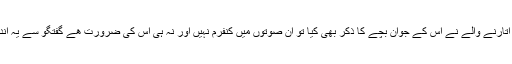
مجھے کنفرم نہیں کیونکہ کچھ شکوک ہیں، ایک طرف عمر 27 سال اور تعارف میں‌ 46 سال اور تصویر اتارنے والے نے اس کے جوان بچے کا ذکر بھی کیا تو ان صوتوں میں کنفرم نہیں اور نہ ہی اس کی ضرورت ھے گفتگو سے یہ اندازہ ھے کہ رانا جو بھی ھے اس کے پاس ایسا کوئی علم نہیں کہ اس سے کسی موضوع پر بات کی جائے۔